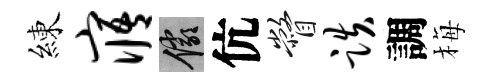
練寤儼伉瞥跌調梅